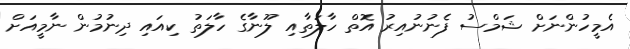
އެމީހުންނަށް ޝަމްސު ފެނުނުއިރު އޮތް ހާލަތާއި ލޫނާގެ ހާލަތު ކިއައި ދިނުމުން ނާމީއަށް